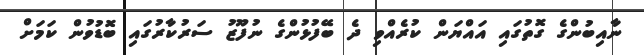
ނާއިބުންގެ ގޮތުގައި އައްޔަން ކުރެއްވި ދެ ބޭފުޅުންގެ ނުފޫޒު ސަރުކާރުގައި ބޮޑުވުން ކަމަށް